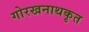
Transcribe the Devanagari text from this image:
गोरखनाथकृत